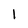
Character: 1